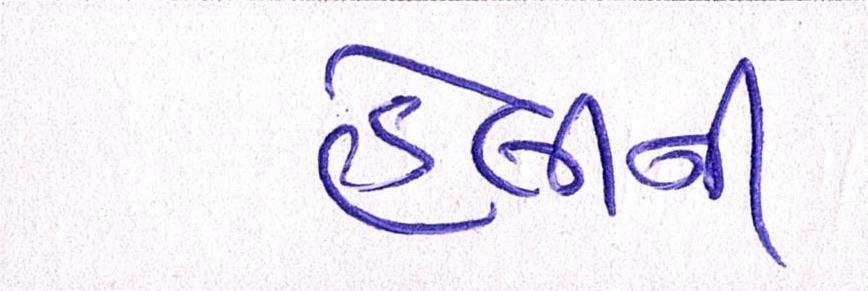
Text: હેલીની